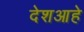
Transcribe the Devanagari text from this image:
देशआहे